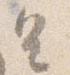
皇